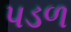
પડળ